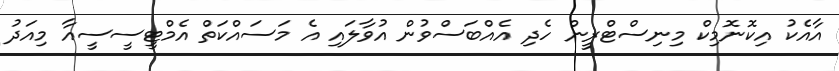
އާއެކު އިކޮނޮމިކް މިނިސްޓްރީން ހެދި އެއްބަސްވުން އުވާލައި އެ މަސައްކަތް އެމްޓީސީސީއާ މިއަދު